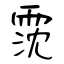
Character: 霃